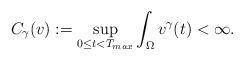
LaTeX: \begin{align*}C_{\gamma}(v):=\sup_{0\leq t<T_{max}}\int_{\Omega}v^{\gamma}(t)<\infty.\end{align*}